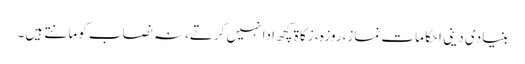
بنیادی دینی احکامات نماز،روزہ ، زکاۃ کچھ ادا نہیں کرتے،نہ نصاب کومانتے ہیں۔